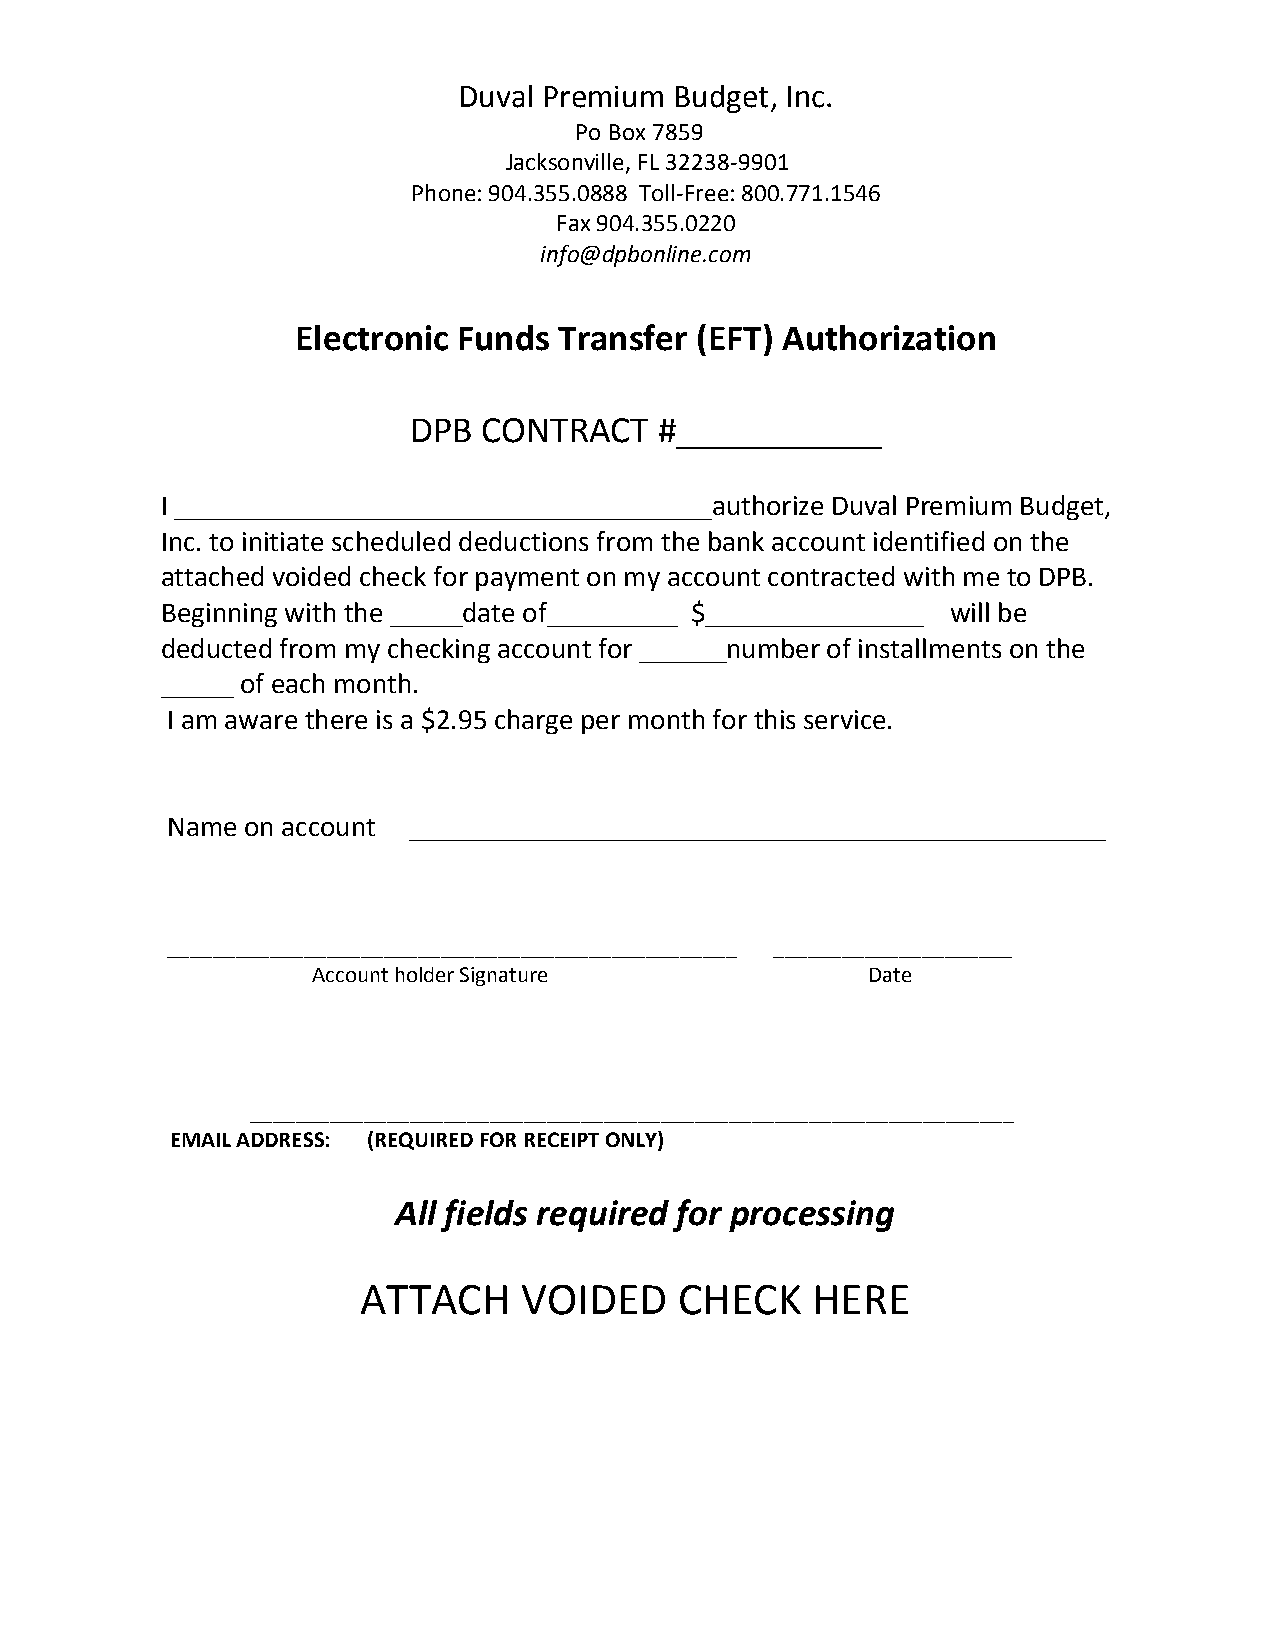
Duval Premium  Budget, Inc.
 Po Box 7859
 Jacksonville, FL 32238-9901
 Phone: 904.355.0888 Toll-Free: 800.771.1546
 Fax 904.355.0220
 info@dpbonline.com
 Electronic Funds Transfer (EFT) Authorization
 DPB  CONTRACT    #___________
 I _____________________________________authorize Duval Premium Budget,
 Inc. to initiate scheduled deductions from the bank account identified on the
 attached voided check for payment on my account contracted with me to DPB.
 Beginning with the _____date of_________ $_______________ will be
 deducted from my checking account for ______number of installments on the
 _____ of each month.
 I am aware there is a $2.95 charge per month for this service.
 Name on account ________________________________________________
 __________________________________________________ _____________________
 Account holder Signature            Date
 ___________________________________________________________________
 EMAIL ADDRESS: (REQUIRED FOR RECEIPT ONLY)
 All fields required for processing
 ATTACH    VOIDED     CHECK    HERE